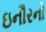
ઇનૌરનો